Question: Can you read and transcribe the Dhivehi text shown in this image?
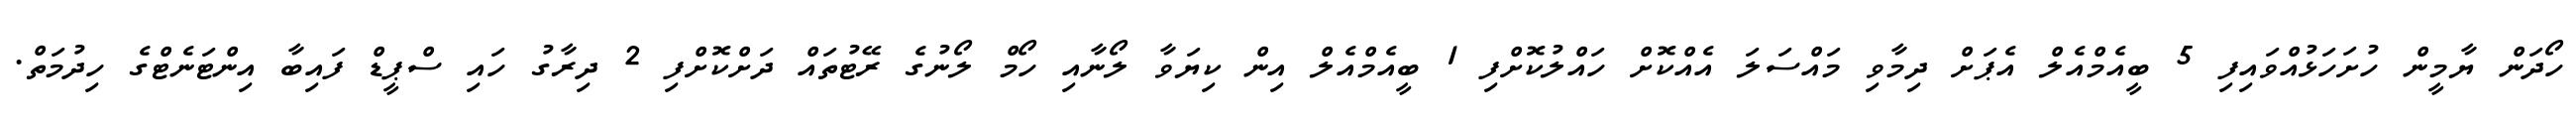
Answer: ހޯދަން ޔާމީން ހުށަހަޅުއްވައިފި 5 ބީއެމްއެލް އެޕަށް ދިމާވި މައްސަލަ އެއްކޮށް ހައްލުކޮށްފި 1 ބީއެމްއެލް އިން ކިޔަވާ ލޯނާއި ހޯމް ލޯނުގެ ރޭޓުތައް ދަށްކޮށްފި 2 ދިރާގު ހައި ސްޕީޑް ފައިބާ އިންޓަނެޓްގެ ހިދުމަތް.